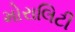
મોરાલિટી